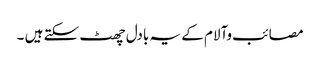
مصائب وآلام کے یہ بادل چھٹ سکتے ہیں ۔